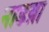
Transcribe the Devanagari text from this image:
नाडय़ा